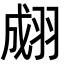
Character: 𦑆